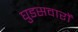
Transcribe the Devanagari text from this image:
घुडसवारों